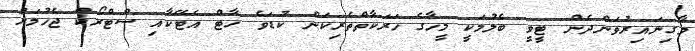
މާގިނައިރުވަންދެން ޓީވީ ބެލުމަކީ މީހާގެ ހަރަކާތްތެރިކަން ކުޑަވެ ހާޓް އެޓޭކާއި ސްޓްރޯކް ޖެހުމަށް